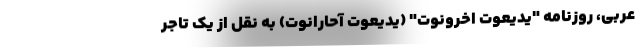
عربی، روزنامه "یدیعوت اخرونوت" (یدیعوت آحارانوت) به نقل از یک تاجر